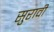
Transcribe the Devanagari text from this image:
सुरावी